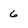
Character: 6